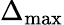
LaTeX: \Delta_{\mathrm{max}}